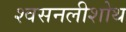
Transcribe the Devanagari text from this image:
श्वसनलीशोथ